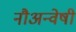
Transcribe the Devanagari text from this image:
नौअन्वेषी